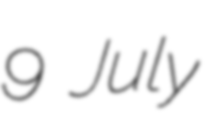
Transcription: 9 July